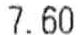
7.60